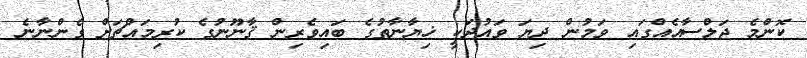
ކޮންމެ ޖަލްސާއެއްގައި ވަމުން ދިޔަ ވައުދަކީ ޚިޔާނާތުގެ ބައިވެރިން ޤާނޫނުގެ ކުރިމައްޗަށް ގެންނާނެ